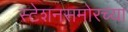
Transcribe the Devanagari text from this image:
स्टेशनसमोरच्या